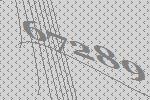
67289